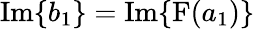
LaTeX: \mathrm{Im}\{ b_{1}\} =\mathrm{Im}\{ \mathrm{F}(a_{1})\}